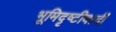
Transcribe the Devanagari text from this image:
भूमिदृष्टीवादी